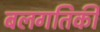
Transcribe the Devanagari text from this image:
बलगतिकी